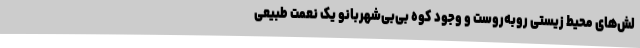
لش‌های محیط‌ زیستی روبه‌روست و وجود کوه بی‌بی‌شهربانو یک نعمت طبیعی